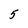
Character: 5